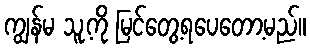
ကျွန်မ သူ့ကို မြင်တွေ့ရပေတော့မည်။